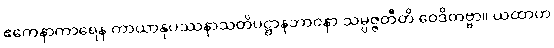
ဧကေနာကာရေန ကာယာနုပဿနာသတိပဋ္ဌာနဘာဝနာ သမ္ပဇ္ဇတီတိ ဝေဒိတဗ္ဗာ။ ယထာဟ